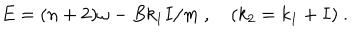
E = ( n + 2 ) \omega - { B } k _ { 1 } I / m \ , \quad ( k _ { 2 } = k _ { 1 } + I ) \ .